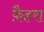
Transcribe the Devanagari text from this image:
फ़ैहरा